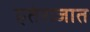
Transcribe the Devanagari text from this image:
एतेराजात